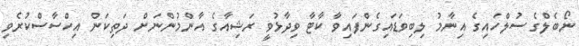
ނޯބެލްގެ ސުލްހައިގެ އިނާމު ލިބިވަޑައިގެންފައިވާ ކާޓާ ވިދާޅުވީ ރަޝިއާގެ އާންމުންނަށް ދަތިކަން އިހްސާސްކުރެވި